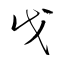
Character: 戊